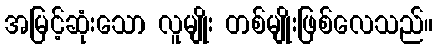
အမြင့်ဆုံးသော လူမျိုး တစ်မျိုးဖြစ်လေသည်။